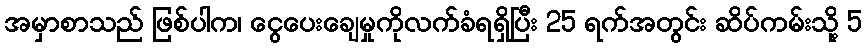
အမှာစာသည် ဖြစ်ပါက၊ ငွေပေးချေမှုကိုလက်ခံရရှိပြီး 25 ရက်အတွင်း ဆိပ်ကမ်းသို့ 5